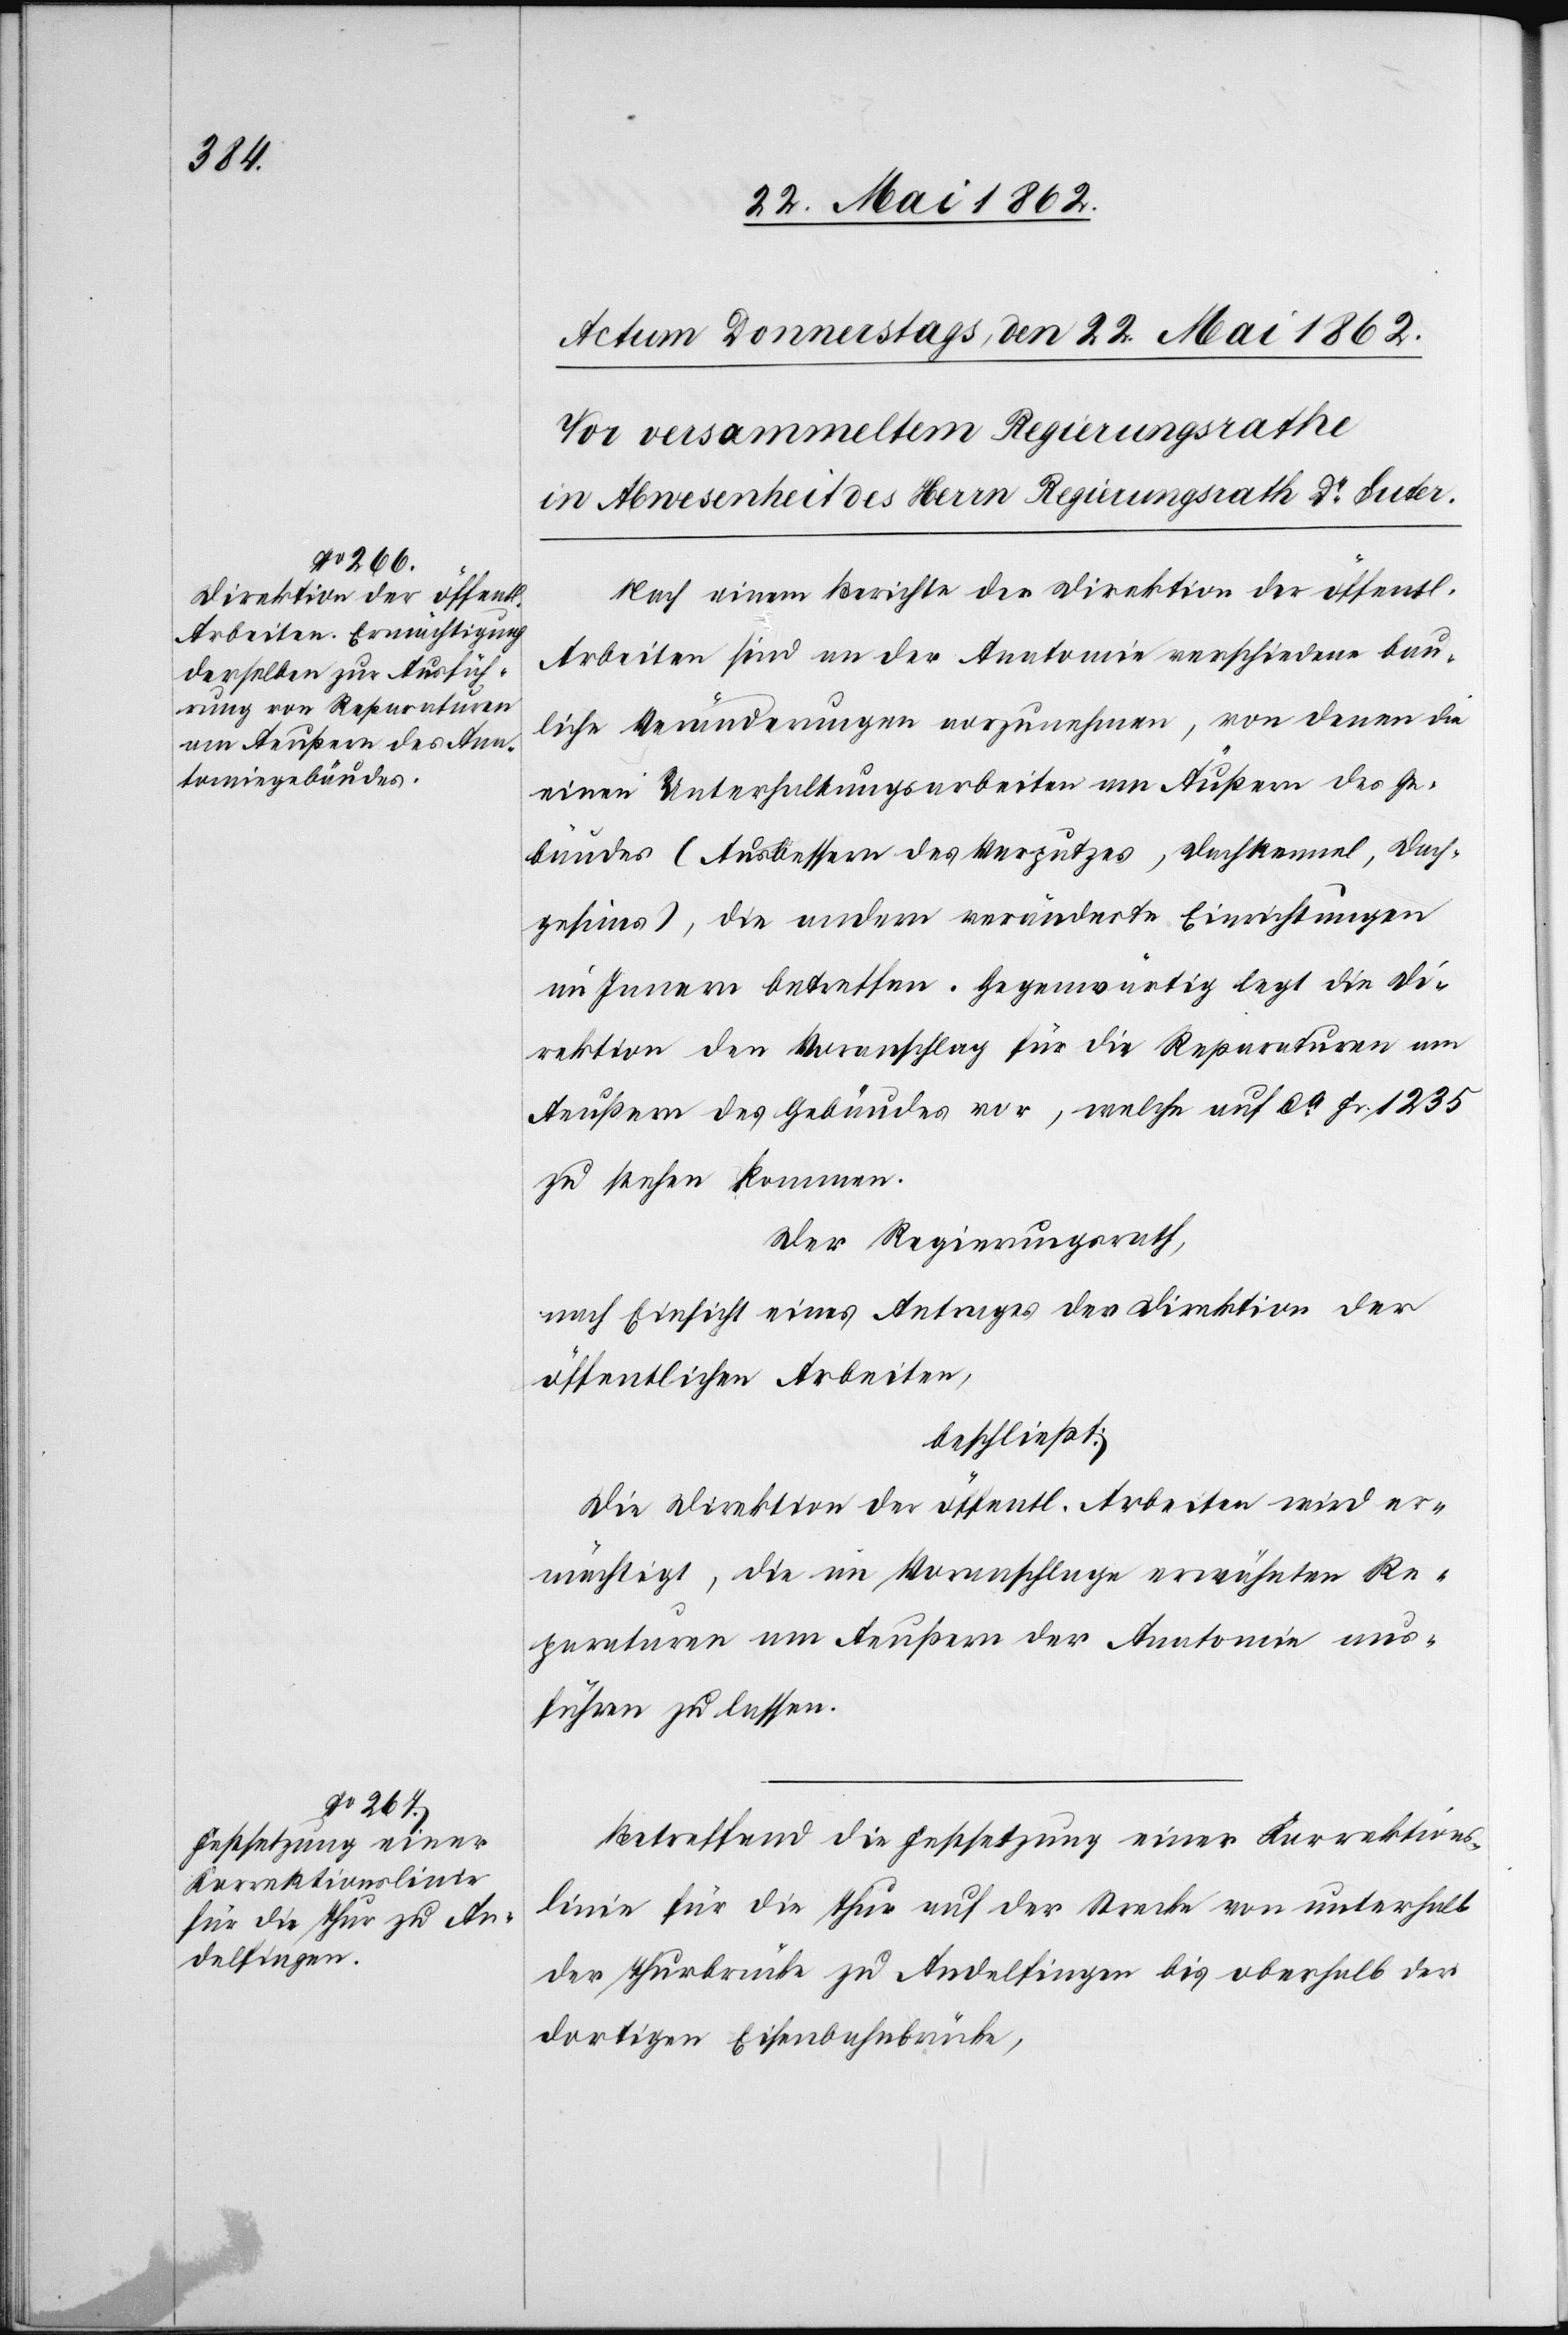
Nach einem Berichte der Direktion der öffentl.
Arbeiten sind an der Anatomie verschiedene bau¬
liche Veränderungen vorzunehmen, von denen die
einen Unterhaltungsarbeiten am Äußern des Ge¬
bäudes (Ausbessern des Verputzes, Dachkennel, Dach¬
gespines), die andern veränderten Einrichtungen
im Innern betreffen. Gegenwärtig legt die Di¬
rektion den Voranschlag für die Reparaturen am
Aeußern des Gebäudes vor, welche auf ca. Fr. 1235
zu stehen kommen.
Der Regierungsrath,
nach Einsicht eines Antrages der Direktion der
öffentlichen Arbeiten,
beschließt:
Die Direktion der öffentl. Arbeiten wird er¬
mächtigt, die im Voranschlage erwähnten Re¬
paraturen am Aeußern der Anatomie aus¬
führen zu lassen.
Betreffend die Festsetzung einer Korrektions¬
linie für die Thur auf der Strecke von unterhalb
der Thurbrücke zu Andelfingen bis oberhalb der
dortigen Eisenbahnbrücke,